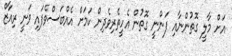
އަށް މާލީ ގޮތުންނާއި ފަންނީ ގޮތުން އެހީތެރިވެދިން ކަމަށް އެއްބަސްވެފައި ވަނީ ރިއާޒް